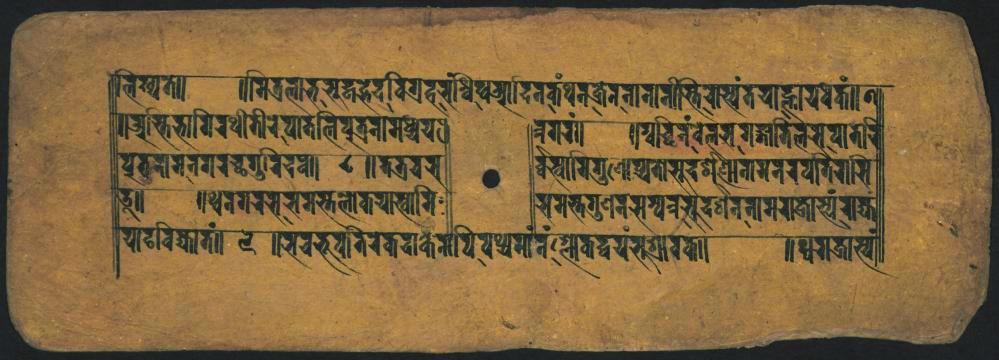
𑐮𑐶𑐩𑑂𑐫𑐟𑑀 𑑌𑐀𑐩𑑂𑐨𑐶𑐨𑐵𑐥𑐶𑐬𑐠𑐵𑐟𑐷𑐬𑐾𑐥𑐵𑐟𑐮𑐶𑐥𑐸𑐟𑑂𑐬𑐣𑐵𑐩𑐔𑑂𑐔𑐾𑐫𑐠 𑐥𑐸𑐟𑑂𑐬𑐬𑐵𑐣𑐣𑐐𑐬𑐔𑑂𑐕𑐐𑐸𑐬𑐶𑐡𑐰𑐵 𑑒𑑌 𑐫𑐵𑐡𑐰𑐶𑐖𑑂𑐫𑐵𑐟𑑄